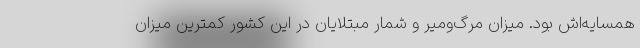
همسایه‌اش بود. میزان مرگ‌ومیر و شمار مبتلایان در این کشور کمترین میزان